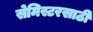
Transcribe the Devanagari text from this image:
सेमिस्टरसाठी